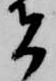
者